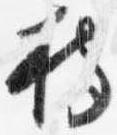
持